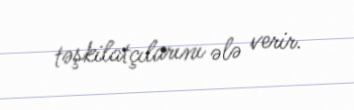
təşkilatçılarını ələ verir.